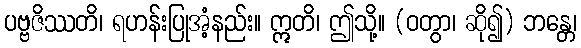
ပဗ္ဗဇိဿတိ၊ ရဟန်းပြုအံ့နည်း။ ဣတိ၊ ဤသို့။ (ဝတွာ၊ ဆို၍) ဘန္တေ၊